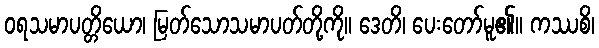
ဝရသမာပတ္တိယော၊ မြတ်သောသမာပတ်တို့ကို။ ဒေတိ၊ ပေးတော်မူ၏။ ကဿစိ၊